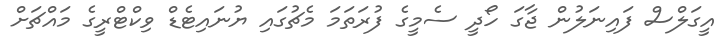
އީގަލްސް ފައިނަލުން ޖާގަ ހޯދީ ސެމީގެ ފުރަތަމަ މެޗުގައި ޔުނައިޓެޑް ވިކްޓްރީގެ މައްޗަށް